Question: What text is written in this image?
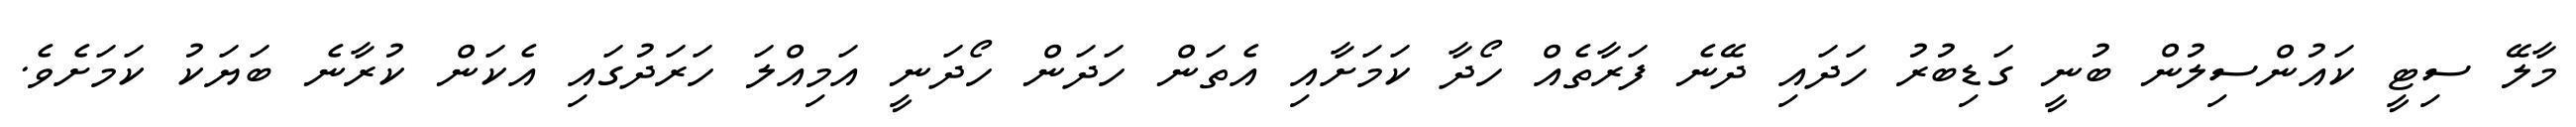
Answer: މާލޭ ސިޓީ ކައުންސިލުން ބުނީ ގަޑިބުރު ހަދައި ދޭނެ ފަރާތެއް ހޯދާ ކަމަށާއި އެތަން ހަދަން ހޯދަނީ އަމިއްލަ ހަރަދުގައި އެކަން ކުރާނެ ބަޔަކު ކަމަށެވެ.